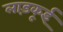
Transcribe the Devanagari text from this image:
लाड़कूई